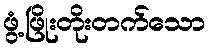
ဖွံ့ဖြိုးတိုးတက်သော